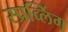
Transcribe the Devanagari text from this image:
स्प्रव्लिंग